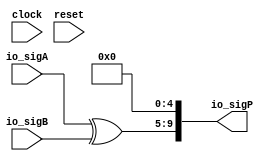
module PositMul6_0_xor(
  input        clock,
  input        reset,
  input  [4:0] io_sigA,
  input  [4:0] io_sigB,
  output [9:0] io_sigP
);
  wire [4:0] _T; // @[PositMul.scala 51:23]
  wire [4:0] _T_1; // @[PositMul.scala 51:23]
  wire [4:0] _T_2; // @[Cat.scala 29:58]
  assign _T = $signed(io_sigA) ^ $signed(io_sigB); // @[PositMul.scala 51:23]
  assign _T_1 = $signed(_T); // @[PositMul.scala 51:23]
  assign _T_2 = $unsigned(_T_1); // @[Cat.scala 29:58]
  assign io_sigP = {_T_2,5'h0}; // @[PositMul.scala 51:9]
endmodule